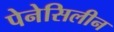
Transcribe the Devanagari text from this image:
पेनेसिलीन